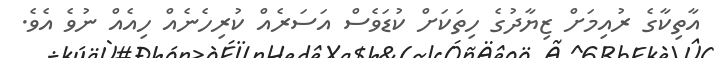
އާތިކާގެ ރުއިމަށް ޒިޔާދުގެ ހިތަަކަށް ކުޑަވެސް އަސަރެއް ކުރިހެނެއް ހިއެއް ނުވެ އެވެ.